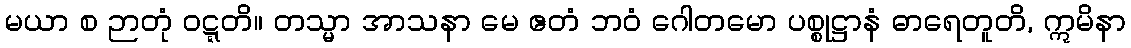
မယာ စ ဉာတုံ ဝဋ္ဋတိ။ တသ္မာ အာသနာ မေ ဧတံ ဘဝံ ဂေါတမော ပစ္စုဋ္ဌာနံ ဓာရေတူတိ, ဣမိနာ